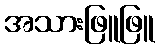
အသားဖြူဖြူ